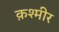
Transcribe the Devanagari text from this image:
क़श्मीर